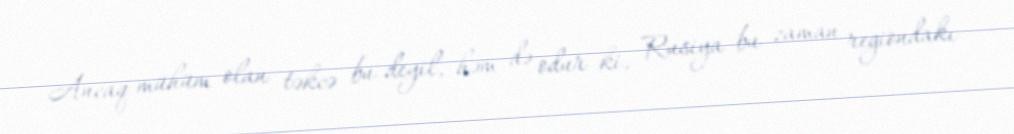
Ancaq mühüm olan təkcə bu deyil, həm də odur ki, Rusiya bu zaman regiondakı